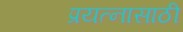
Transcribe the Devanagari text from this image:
प्रयत्‍नासाठी